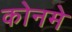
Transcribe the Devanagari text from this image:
कोनमे